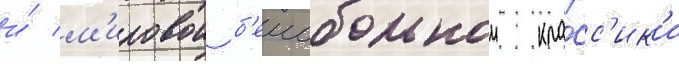
и́ м'ировои б'еисбольнои кла́сс'ик'и